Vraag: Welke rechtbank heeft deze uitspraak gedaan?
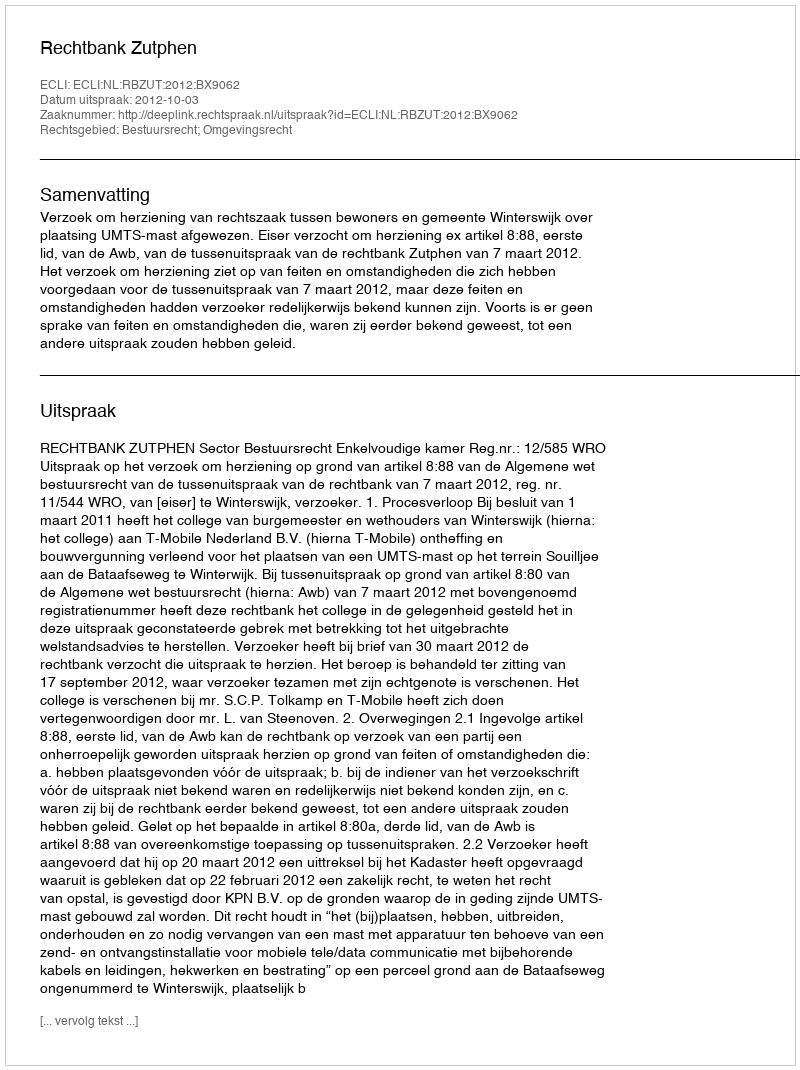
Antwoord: Rechtbank Zutphen